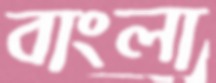
বাংলা